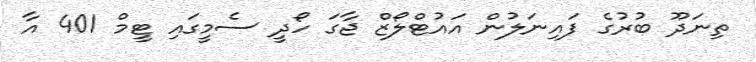
ތިނަދޫ ބުރުގެ ފައިނަލުން އައުޓްލޯޒް ޖާގަ ހޯދީ ސެމީގައި ޓީމް 401 އާ